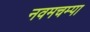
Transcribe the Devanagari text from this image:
नवमचम्पा